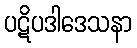
ပဋိပဒါဒေသနာ